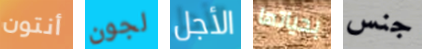
أنتون لجون الأجل بحياتها جنس